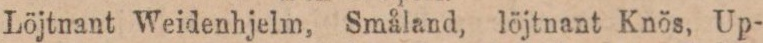
Löjtnant Weidenhjelm, Småland, löjtnant Knös, Up-